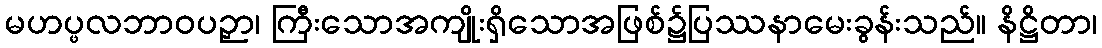
မဟပ္ဖလဘာဝပဉှာ၊ ကြီးသောအကျိုးရှိသောအဖြစ်၌ပြဿနာမေးခွန်းသည်။ နိဋ္ဌိတာ၊